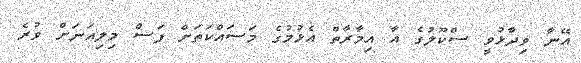
އޭނާ ވިދާޅުވީ ސްކޫލުގެ އާ އިމާރާތް އެޅުމުގެ މަސައްކަތަށް ފަސް މިލިއަނަށް ވުރެ